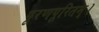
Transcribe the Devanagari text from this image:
पूरणपूरितम्।